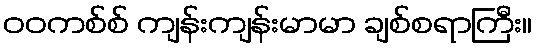
ဝဝကစ်စ် ကျန်းကျန်းမာမာ ချစ်စရာကြီး။